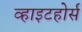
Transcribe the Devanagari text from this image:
व्हाइटहोर्स